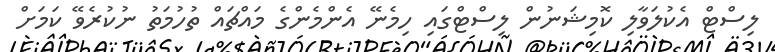
ލިސްޓް އެކުލަވާލި ކޮމިޝަނުން ލިސްޓްގައި ހިމެނޭ އެންމެންގެ މައްޗައް ތުހުމަތު ނުކުރެވޭ ކަމަށް